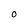
Character: O